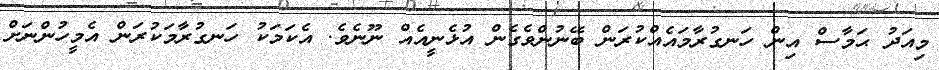
މިއަދު ޙަމާސް އިން ހަނގުރާމައެއްކުރަން ބޭނުންވެގެން އުޅެނީއެއް ނޫނެވެ. އެކަމަކު ހަނގުރާމަކުރަން އެމީހުންނަށް